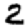
Digit: 2